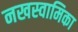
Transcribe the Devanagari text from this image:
नखस्वामिका